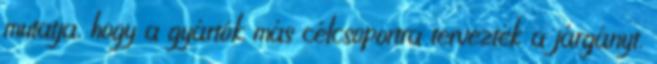
mutatja, hogy a gyártók más célcsoportra tervezték a járgányt.